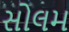
સોલમ